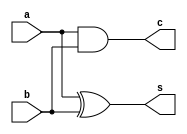
module halfadder(a,b,s,c);
input a,b;
output s,c;
xor (s,a,b);
and (c,a,b);
endmodule